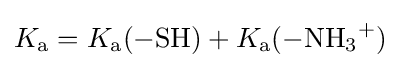
K_{\mathrm {a} }=K_{\mathrm {a} }{\ce {(-SH)}}+K_{\mathrm {a} }{\ce {(-NH3+)}}